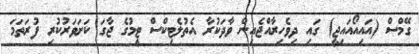
ގޭމްސް (އައިއޯއައިޖީ) ގައި ދިވެހިރާއްޖެއިން ވާދަކުރާ އެތުލެޓިކްސް ޓީމުގެ ޖާގަ ކަށަވަރުކުރި ފުރަތަމަ